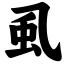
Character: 虱